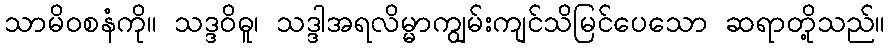
သာမိဝစနံကို။ သဒ္ဒဝိဓူ၊ သဒ္ဒါအရလိမ္မာကျွမ်းကျင်သိမြင်ပေသော ဆရာတို့သည်။